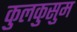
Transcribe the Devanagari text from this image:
कुलकुसुम